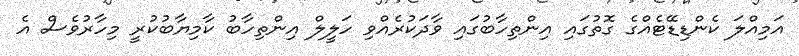
އަމިއްލަ ކެންޑިޑޭޓެއްގެ ގޮތުގައި އިންތިހާބުގައި ވާދަކުރެއްވި ހަލީލް އިންތިހާބު ކާމިޔާބުކުރީ މިހާރުވެސް އެ